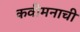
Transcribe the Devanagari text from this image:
कवीमनाची